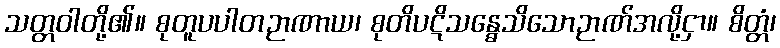
သတ္တဝါတို့၏။ စုတူပပါတဉာဏာယ၊ စုတိပဋိသန္ဓေသိသောဉာဏ်အလို့ငှာ။ စိတ္တံ၊